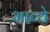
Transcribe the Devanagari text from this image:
भाव्ये